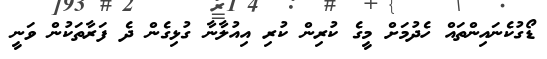
ޑޯގުކެނައިންތައް ހެދުމަށް މީގެ ކުރިން ކުރި އިއުލާނާ ގުޅިގެން ދެ ފަރާތަކުން ވަނީ